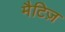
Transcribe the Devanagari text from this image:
मैटिज़